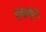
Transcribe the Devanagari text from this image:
एककृत